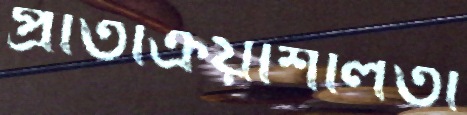
প্রতিক্রিয়াশীলতা